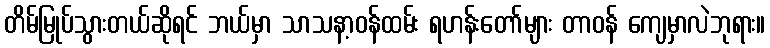
တိမ်မြုပ်သွားတယ်ဆိုရင် ဘယ်မှာ သာသနာ့ဝန်ထမ်း ရဟန်းတော်များ တာဝန် ကျေမှာလဲဘုရား။